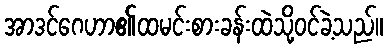
အာဒင်ဂေဟာ၏ထမင်းစားခန်းထဲသို့ဝင်ခဲ့သည်။